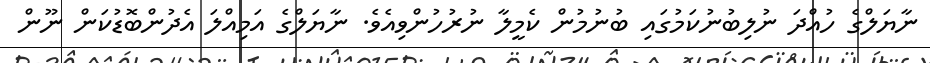
ނާޔަލްގެ ހުއްދަ ނުލިބުނުކަމުގައި ބުނުމުން ކެމީލާ ނުރުހުންވިއެވެ. ނާޔަލްގެ އަމިއްލަ އެދުންބޮޑުކަން ނޫން